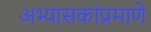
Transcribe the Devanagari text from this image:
अभ्यासकांप्रमाणे